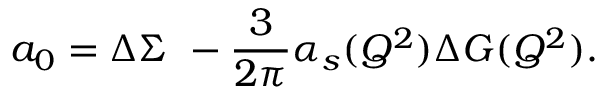
\ a _ { 0 } = \Delta \Sigma \ - \frac { 3 } { 2 \pi } \alpha _ { s } ( Q ^ { 2 } ) \Delta G ( Q ^ { 2 } ) .